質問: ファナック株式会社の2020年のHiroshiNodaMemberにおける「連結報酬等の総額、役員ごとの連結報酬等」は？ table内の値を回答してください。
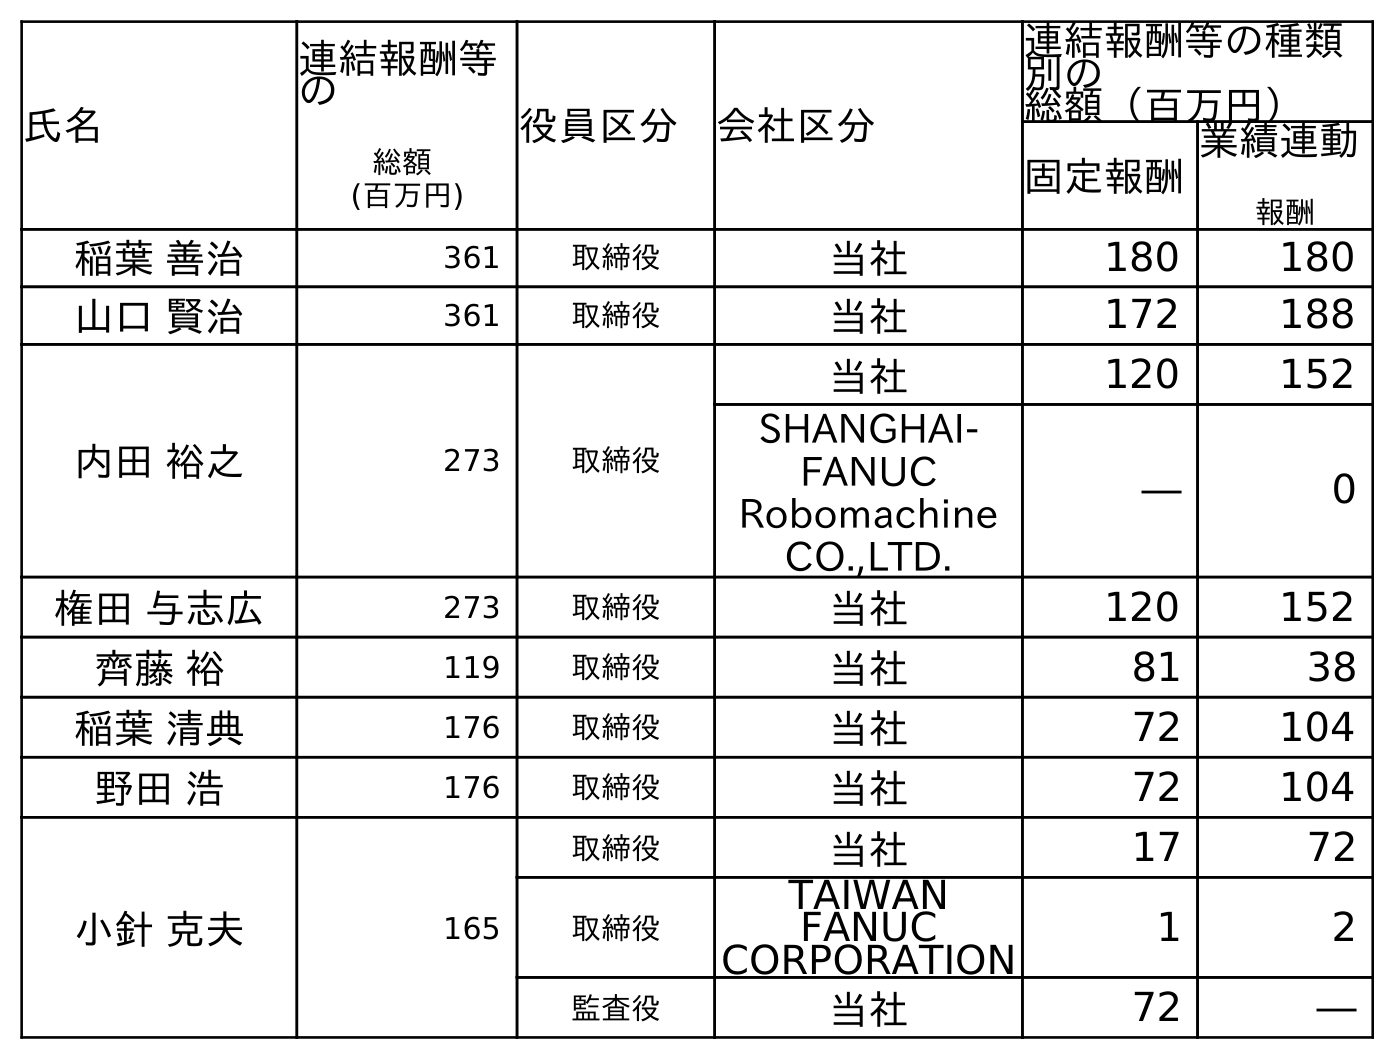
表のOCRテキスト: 氏名 連結報酬等 の 総額 (百万円) 役員区分 会社区分 連結報酬等の種類 別の 総額（百万円） 固定報酬 業績連動 報酬 稲葉 善治 361 取締役 当社 180 180 山口 賢治 361 取締役 当社 172 188 内田 裕之 273 取締役 当社 120 152 SHANGHAI- FANUC Robomachine CO.,LTD. ― 0 権田 与志広 273 取締役 当社 120 152 齊藤 裕 119 取締役 当社 81 38 稲葉 清典 176 取締役 当社 72 104 野田 浩 176 取締役 当社 72 104 小針 克夫 165 取締役 当社 17 72 取締役 TAIWAN FANUC CORPORATION 1 2 監査役 当社 72 ―
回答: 176